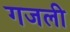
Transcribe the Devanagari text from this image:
गजली